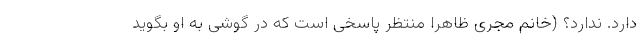
دارد. ندارد؟ (خانم مجری ظاهراً منتظر پاسخی است که در گوشی به او بگوید